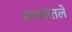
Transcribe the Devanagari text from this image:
रुपयांतले